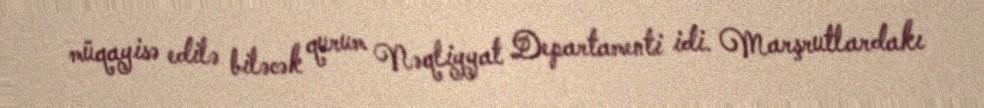
müqayisə edilə biləcək qurum Nəqliyyat Departamenti idi. Marşrutlardakı